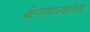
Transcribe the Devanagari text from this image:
क्षेपणास्त्रांवर